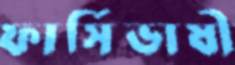
ফার্সিভাষী